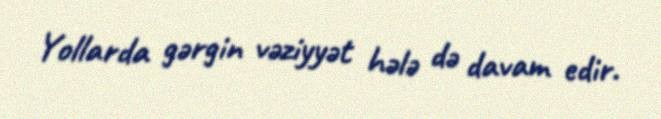
Yollarda gərgin vəziyyət hələ də davam edir.